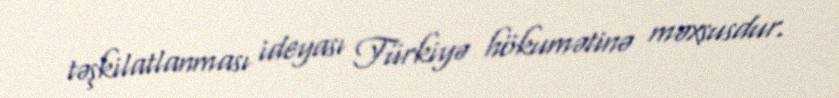
təşkilatlanması ideyası Türkiyə hökumətinə məxsusdur.